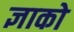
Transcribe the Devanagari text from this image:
ज्ञाको